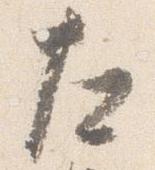
左